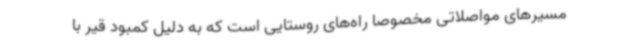
مسیرهای مواصلاتی مخصوصا راه‌های روستایی است که به دلیل کمبود قیر با